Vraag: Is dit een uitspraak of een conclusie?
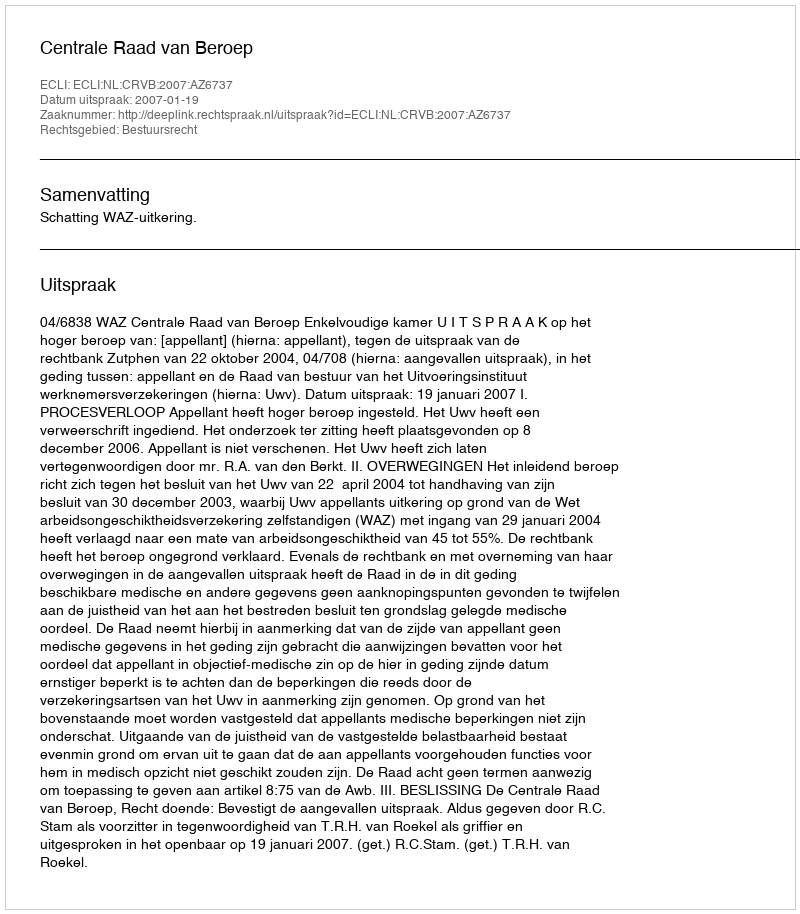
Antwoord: Uitspraak